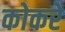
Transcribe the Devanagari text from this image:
कोकरे